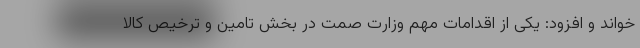
خواند و افزود: یکی از اقدامات مهم وزارت صمت در بخش تامین و ترخیص کالا